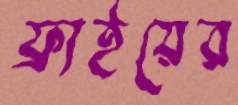
ফ্রাইয়ের